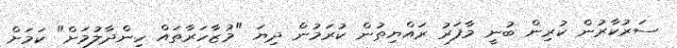
ސަރުކާރުން ކުރިން ބުނީ މާފަރު ރައްޔިތުން ކުރަމުން ދިޔަ "މުޒާހަރާތައް ހިންދާލުމަށް" ކަމަށް